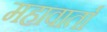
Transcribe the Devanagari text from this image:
महावार्ता